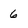
Character: 6